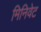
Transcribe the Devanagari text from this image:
मिनिवेट